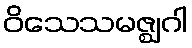
ဝိသေသမဇ္ဈဂါ